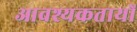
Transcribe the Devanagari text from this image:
आवश्यकतायों